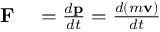
\begin{array} { r l } { \mathbf { F } } & { { } = { \frac { d \mathbf { p } } { d t } } = { \frac { d ( m \mathbf { v } ) } { d t } } } \end{array}